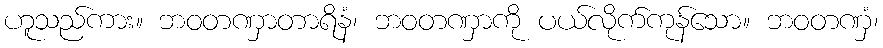
ဟူသည်ကား။ ဘဝတဏှာတာရိနံ၊ ဘဝတဏှာကို ပယ်လိုက်ကုန်သော။ ဘဝတဏှံ၊